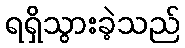
ရရှိသွားခဲ့သည်